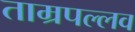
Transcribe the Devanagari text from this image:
ताम्रपल्लव